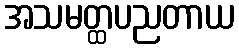
အသမတ္ထပညတာယ